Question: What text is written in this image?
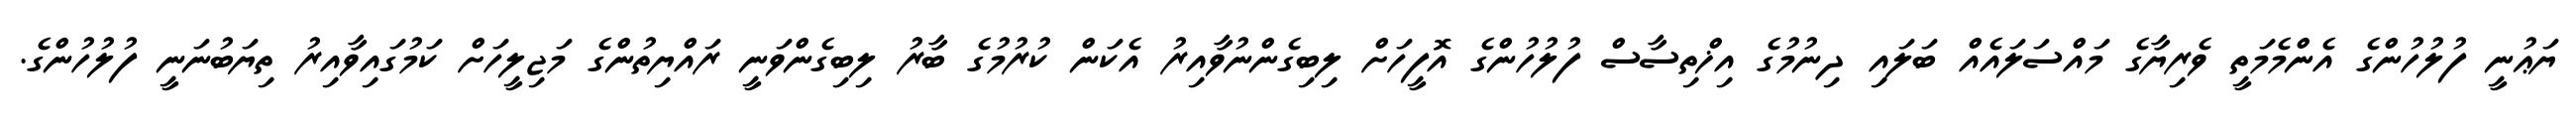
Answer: ޔަޢުނީ ފުލުހުންގެ އެންމެމަތީ ވެރިޔާގެ މައްސަލައެއް ބަލައި ދިނުމުގެ އިޚްތިސާސް ފުލުހުންގެ އޮފީހަށް ލިބިގެންނުވާއިރު އެކަން ކުރުމުގެ ބާރު ލިބިގެންވަނީ ރައްޔިތުންގެ މަޖިލީހަށް ކަމުގައިވާއިރު ތިޔަބުނަނީ ފުލުހުންގެ.